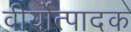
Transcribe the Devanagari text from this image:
वीर्योत्पादक